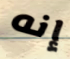
إنه